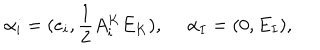
\alpha _ { i } = ( e _ { i } , { \frac { 1 } { 2 } } A _ { i } ^ { K } E _ { K } ) , \ \alpha _ { I } = ( 0 , E _ { I } ) ,